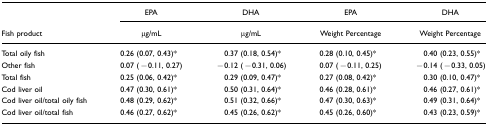
<table><thead><tr><td></td><td><b>EPA</b></td><td><b>DHA</b></td><td><b>EPA</b></td><td><b>DHA</b></td></tr><tr><td><b>Fish product</b></td><td><b>μg/mL</b></td><td><b>μg/mL</b></td><td><b>Weight Percentage</b></td><td><b>Weight Percentage</b></td></tr></thead><tbody><tr><td>Total oily fish</td><td>0.26 (0.07, 0.43)*</td><td>0.37 (0.18, 0.54)*</td><td>0.28 (0.10, 0.45)*</td><td>0.40 (0.23, 0.55)*</td></tr><tr><td>Other fish</td><td>0.07 (−0.11, 0.27)</td><td>−0.12 (−0.31, 0.06)</td><td>0.07 (−0.11, 0.25)</td><td>−0.14 (−0.33, 0.05)</td></tr><tr><td>Total fish</td><td>0.25 (0.06, 0.42)*</td><td>0.29 (0.09, 0.47)*</td><td>0.27 (0.08, 0.42)*</td><td>0.30 (0.10, 0.47)*</td></tr><tr><td>Cod liver oil</td><td>0.47 (0.30, 0.61)*</td><td>0.50 (0.31, 0.64)*</td><td>0.46 (0.28, 0.61)*</td><td>0.46 (0.27, 0.61)*</td></tr><tr><td>Cod liver oil/total oily fish</td><td>0.48 (0.29, 0.62)*</td><td>0.51 (0.32, 0.66)*</td><td>0.47 (0.30, 0.63)*</td><td>0.49 (0.31, 0.64)*</td></tr><tr><td>Cod liver oil/total fish</td><td>0.46 (0.27, 0.62)*</td><td>0.45 (0.26, 0.62)*</td><td>0.45 (0.26, 0.60)*</td><td>0.43 (0.23, 0.59)*</td></tr></tbody></table>